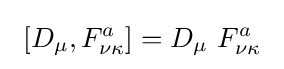
\ \left[D_{\mu },F_{\nu \kappa }^{a}\right]=D_{\mu }\ F_{\nu \kappa }^{a}~